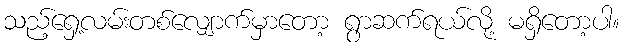
သည့်ရှေ့လမ်းတစ်လျှောက်မှာတော့ ရွာဆက်ရယ်လို့ မရှိတော့ပါ။